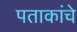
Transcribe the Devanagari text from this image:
पताकांचे